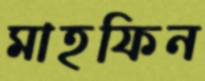
মাহফিন